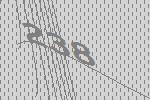
238